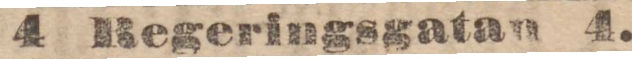
4 Regeringsgatan 4.